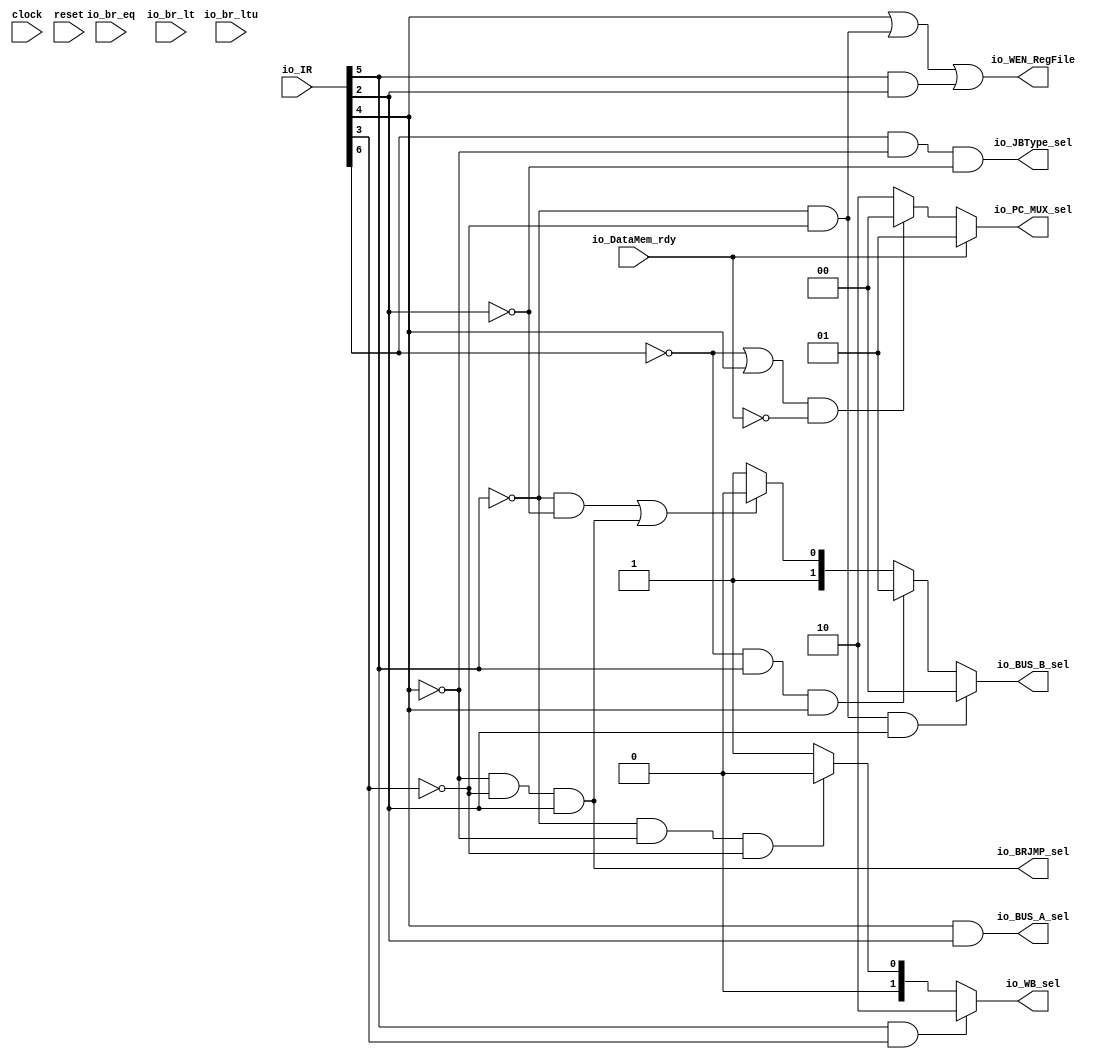
`ifdef RANDOMIZE_GARBAGE_ASSIGN
`define RANDOMIZE
`endif
`ifdef RANDOMIZE_INVALID_ASSIGN
`define RANDOMIZE
`endif
`ifdef RANDOMIZE_REG_INIT
`define RANDOMIZE
`endif
`ifdef RANDOMIZE_MEM_INIT
`define RANDOMIZE
`endif

module Decorder(
  input   clock,
  input   reset,
  input  [31:0] io_IR,
  input   io_br_eq,
  input   io_br_lt,
  input   io_br_ltu,
  input   io_DataMem_rdy,
  output  io_BUS_A_sel,
  output [1:0] io_BUS_B_sel,
  output [1:0] io_WB_sel,
  output  io_BRJMP_sel,
  output  io_JBType_sel,
  output [1:0] io_PC_MUX_sel,
  output  io_WEN_RegFile
);
  wire  _T_26;
  wire  _T_28;
  wire  _T_29;
  wire  _T_30;
  wire  _T_31;
  wire  rs2;
  wire  _T_34;
  wire  _T_35;
  wire  _T_37;
  wire  _T_38;
  wire  _T_41;
  wire  _T_42;
  wire  _T_44;
  wire  _T_45;
  wire  _T_47;
  wire  i;
  wire  _T_60;
  wire  pcb;
  wire  u;
  wire  _T_96;
  wire  mem;
  wire  pcwb;
  wire  _T_109;
  wire  _T_113;
  wire [1:0] _GEN_1;
  wire [1:0] _GEN_2;
  wire [1:0] _GEN_3;
  wire [1:0] _GEN_7;
  wire [1:0] _GEN_8;
  wire  pc4;
  wire  _T_189;
  wire  _T_194;
  wire [1:0] _GEN_14;
  wire [1:0] _GEN_15;
  wire  _T_207;
  wire  _T_210;
  wire  _T_211;
  assign io_BUS_A_sel = u;
  assign io_BUS_B_sel = _GEN_3;
  assign io_WB_sel = _GEN_8;
  assign io_BRJMP_sel = _T_47;
  assign io_JBType_sel = _T_113;
  assign io_PC_MUX_sel = _GEN_15;
  assign io_WEN_RegFile = _T_211;
  assign _T_26 = io_IR[6];
  assign _T_28 = _T_26 == 1'h0;
  assign _T_29 = io_IR[5];
  assign _T_30 = _T_28 & _T_29;
  assign _T_31 = io_IR[4];
  assign rs2 = _T_30 & _T_31;
  assign _T_34 = _T_29 == 1'h0;
  assign _T_35 = io_IR[2];
  assign _T_37 = _T_35 == 1'h0;
  assign _T_38 = _T_34 & _T_37;
  assign _T_41 = _T_31 == 1'h0;
  assign _T_42 = io_IR[3];
  assign _T_44 = _T_42 == 1'h0;
  assign _T_45 = _T_41 & _T_44;
  assign _T_47 = _T_45 & _T_35;
  assign i = _T_38 | _T_47;
  assign _T_60 = _T_34 & _T_44;
  assign pcb = _T_60 & _T_35;
  assign u = _T_31 & _T_35;
  assign _T_96 = _T_34 & _T_41;
  assign mem = _T_96 & _T_44;
  assign pcwb = _T_29 & _T_42;
  assign _T_109 = _T_26 & _T_41;
  assign _T_113 = _T_109 & _T_37;
  assign _GEN_1 = i ? 2'h2 : 2'h3;
  assign _GEN_2 = rs2 ? 2'h1 : _GEN_1;
  assign _GEN_3 = pcb ? 2'h0 : _GEN_2;
  assign _GEN_7 = mem ? 2'h0 : 2'h1;
  assign _GEN_8 = pcwb ? 2'h2 : _GEN_7;
  assign pc4 = _T_28 | _T_31;
  assign _T_189 = io_DataMem_rdy == 1'h0;
  assign _T_194 = pc4 & _T_189;
  assign _GEN_14 = _T_194 ? 2'h0 : 2'h2;
  assign _GEN_15 = io_DataMem_rdy ? 2'h1 : _GEN_14;
  assign _T_207 = _T_31 | _T_60;
  assign _T_210 = _T_29 & _T_35;
  assign _T_211 = _T_207 | _T_210;
endmodule